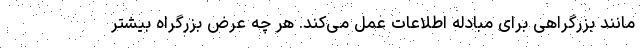
مانند بزرگراهی برای مبادله اطلاعات عمل می‌کند. هر چه عرض بزرگراه بیشتر